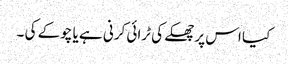
کیا اس پر چھکے کی ٹرائی کرنی ہے یا چوکے کی ۔